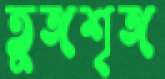
তুঙ্গশৃঙ্গ